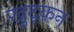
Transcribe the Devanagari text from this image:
खुद्कन